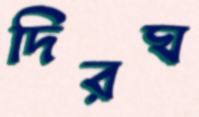
দিরঘ